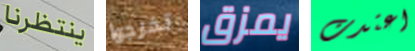
ينتظرنا تخرجوا يمزق اعتدت